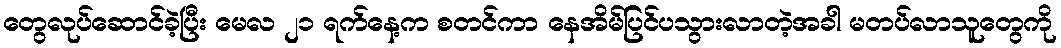
တွေလုပ်ဆောင်ခဲ့ပြီး မေလ ၂၁ ရက်နေ့က စတင်ကာ နေအိမ်ပြင်ပသွားလာတဲ့အခါ မတပ်လာသူတွေကို